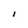
Character: I